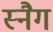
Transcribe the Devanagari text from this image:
स्नैग